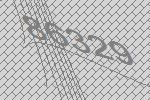
86329